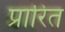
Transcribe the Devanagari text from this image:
प्रारित